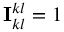
\mathbf { I } _ { k l } ^ { k l } = 1